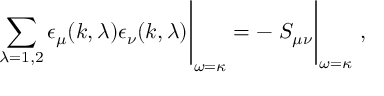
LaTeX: \left. \sum _ { \lambda = 1 , 2 } \epsilon _ { \mu } ( k , \lambda ) \epsilon _ { \nu } ( k , \lambda ) \right| _ { \omega = \kappa } = - \left. \vphantom { \sum _ { a } 1 } S _ { \mu \nu } \right| _ { \omega = \kappa } \, ,